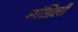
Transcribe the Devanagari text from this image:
मांडिली